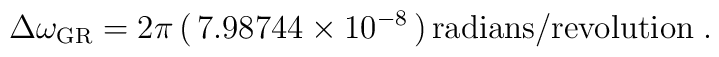
\Delta\omega_\mathrm{GR}= 2\pi\,(\,7.98744\times 10^{-8}\,)\,\mathrm{radians/revolution}\;.